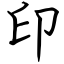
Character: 印